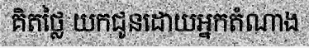
គិតថ្លៃ យកជូនដោយអ្នកតំណាង